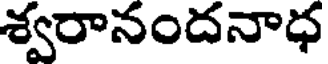
శ్వరానందనాధ